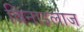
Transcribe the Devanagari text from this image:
विनाइलाज